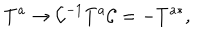
T ^ { a } \to { \cal C } ^ { - 1 } T ^ { a } { \cal C } = - T ^ { a * } ,